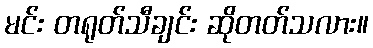
မင်း တရုတ်သီချင်း ဆိုတတ်သလား။